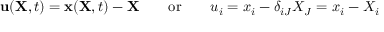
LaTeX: \ \mathbf { u } ( \mathbf { X } , t ) = \mathbf { x } ( \mathbf { X } , t ) - \mathbf { X } \qquad { \mathrm { o r } } \qquad u _ { i } = x _ { i } - \delta _ { i J } X _ { J } = x _ { i } - X _ { i }